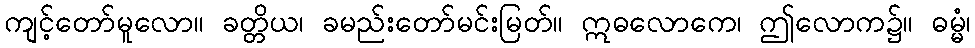
ကျင့်တော်မူလော။ ခတ္တိယ၊ ခမည်းတော်မင်းမြတ်။ ဣဓလောကေ၊ ဤလောက၌။ ဓမ္မံ၊